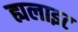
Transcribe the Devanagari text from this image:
ह्यलाइट